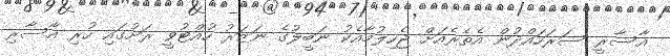
އާސާރީ ސަރަހައްދުން އެތެރެއަށް ޖެހިލުމާއެކު ނަބީލުގެ ނަޒަރު ހުއްޓުވީ ރަށުގައި ހުރި އާސާރި